Vaccination in Bombay 1924-1928 - 1924-1928
Year: 1924
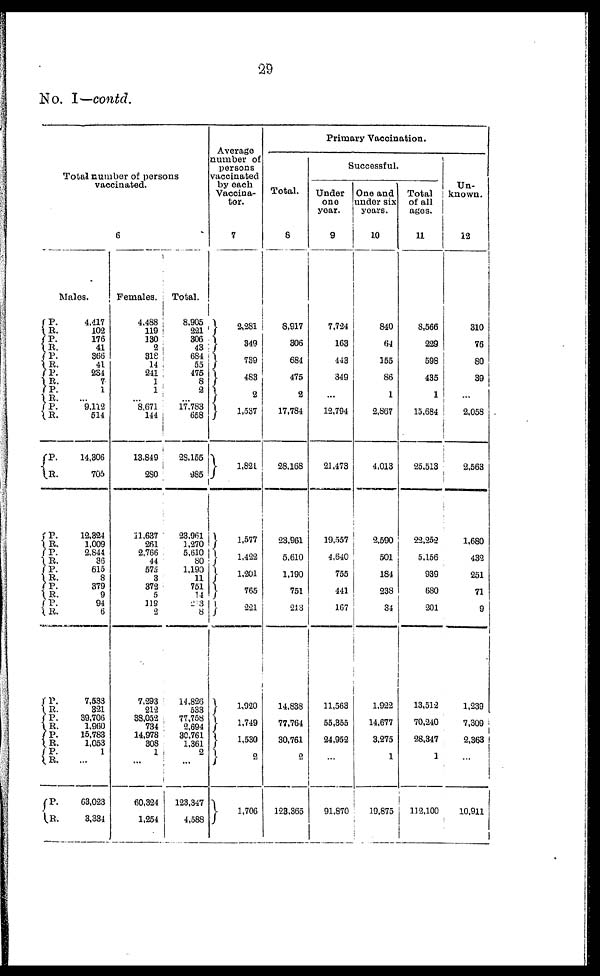
29
No. I—contd.
Total number of persons
vaccinated.
6
Males.
P.
R.
P.
P.
P.
R.
P.
R.
P.
R.
P.
R.
P.
R.
P.
R.
P.
R.
P.
R.
P.
R.
P.
R.
P.
R.
P.
R.
P.
R.
P.
R.
P.
R.
4,417
102
176
41
366
41
234
7
1
...
9,112
514
14,306
705
12,324
1.009
2,844
36
615
8
379
9
94
6
7,533
321
39,706
1,960
15,783
1,053
1
...
63,023
3,334
Females.
4,488
119
130
2
318
14
241
1
1
...
8,671
144
13,849
280
11,637
261
2,766
44
575
3
372
5
119
2
7,293
212
38,052
734
14,978
308
1
...
60,324
1,254
Total.
8,905
221
306
43
684
55
475
8
2
...
17,783
658
28,155
985
23,961
1,270
5,610
80
1,190
11
751
14
203
8
14,826
533
77,758
2,694
30,761
1,361
2
...
123,347
4,588
Average
number of
persons
vaccinated
by each
Vaccina-
tor.
7
2,281
349
739
483
2
1,537
1,821
1,577
1,422
1,201
765
221
1,920
1,749
1,530
2
1,706
Primary Vaccination.
Total.
8
8,917
306
684
475
2
17,784
28,168
23,961
5,610
1,190
751
213
14,838
77,764
30,761
2
123,365
Successful.
Under
one
year.
9
7,724
163
443
349
...
12,794
21,473
19,557
4,640
755
441
167
11,563
55,355
24,952
...
91,870
One and
under six
years.
10
840
64
155
86
1
2,867
4,013
2,590
501
184
238
34
1,922
14,677
3,275
1
19,875
Total
of all
ages.
11
8,566
229
598
435
1
15,684
25,513
22,252
5,156
939
680
201
13,512
70,240
28,347
1
112,100
Un-
known.
12
310
76
80
39
...
2,058
2,563
1,680
432
251
71
9
1,239
7,309
2,363
...
10,911